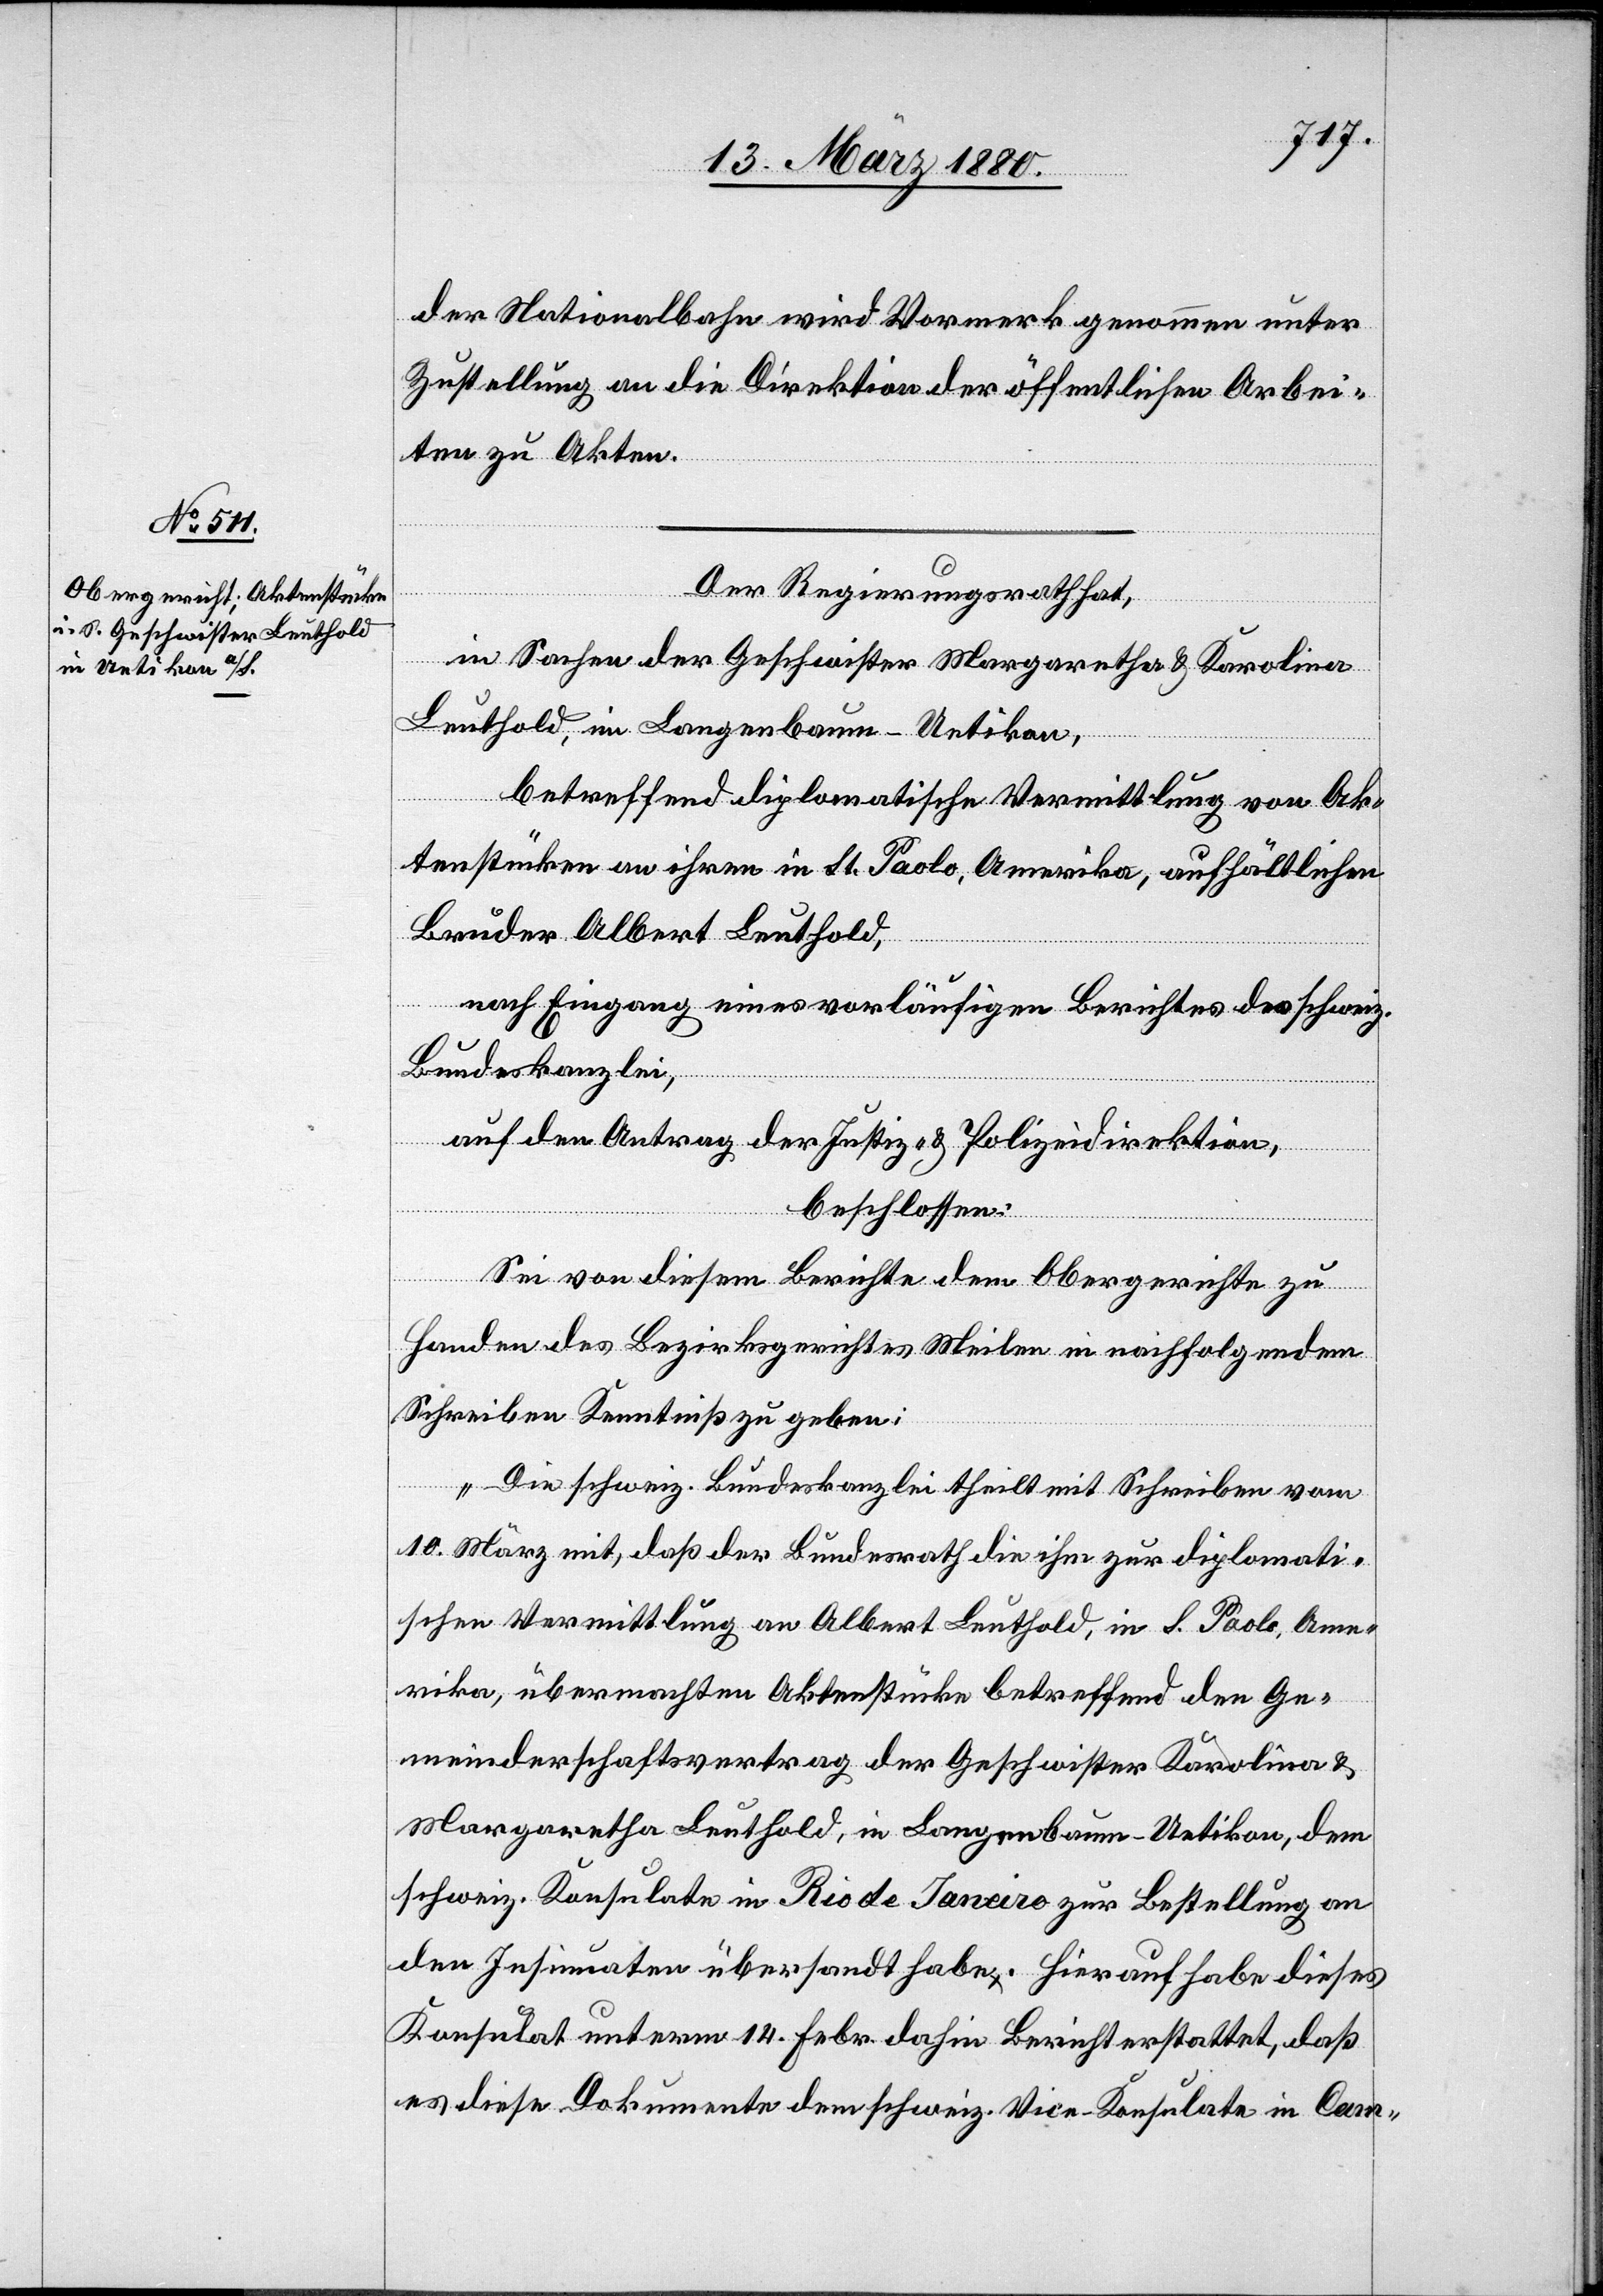
13. März 1880.]
der Nationalbahn wird Vormerk genommen unter
Zustellung an die Direktion der öffentlichen Arbei¬
ten zu Akten.
Der Regierungsrath hat,
in Sachen der Geschwister Margaretha & Karolina
Leuthold, im Langenbaum - Uetikon,
betreffend diplomatische Vermittlung von Ak¬
tenstücken an ihren in St. Paolo, Amerika, aufhältlichen
Bruder Albert Leuthold,
nach Eingang eines vorläufigen Berichtes der schweiz.
Bundeskanzlei,
auf den Antrag der Justiz- & Polizeidirektion,
beschlossen:
Sei von diesem Berichte dem Obergerichte zu
Handen des Bezirksgerichtes Meilen in nachfolgendem
Schreiben Kenntniß zu geben:
„Die schweiz. Bundeskanzlei theilt mit Schreiben vom
10. März mit, daß der Bundesrath die ihm zur diplomati¬
schen Vermittlung an Albert Leuthold, in S. Paolo, Ame¬
rika, übermachten Aktenstücke betreffend den Ge¬
meinderschaftsvertrag der Geschwister Karolina &
Margaretha Leuthold, in Langenbaum - Uetikon, dem
schweiz. Konsulate in Rio de Janeiro zur Bestellung an
den Insinuaten übersandt habe. Hierauf habe dieses
Konsulat unterm 14. Febr. dahin Bericht erstattet, daß
es diese Dokumente dem schweiz. Vice-Konsulate in Cam-